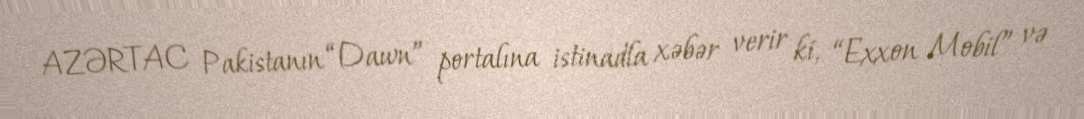
AZƏRTAC Pakistanın “Dawn” portalına istinadla xəbər verir ki, “Exxon Mobil” və